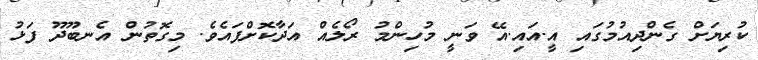
ކުރިޔަށް ގެންދިއުމުގައި އީ.އައި.އޭ ވަނީ މުހިންމު ރޯލެއް އަދާކޮށްފައެވެ. މިގޮތުން އެނބޫދޫ ފަޅު